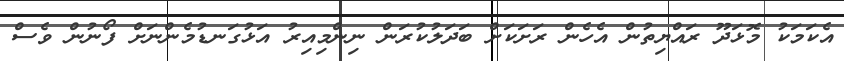
އެކަމަކު މޮޅަދޫ ރައްޔިތުން އެހެން ރަށަކަށް ބަދަލުކުރަން ނިންމިއިރު އަޅުގަނޑުމެންނަށް ފޯނުން ވެސް